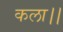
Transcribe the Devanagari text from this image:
कला।।